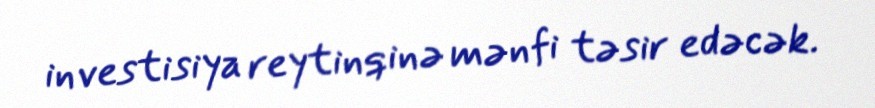
investisiya reytinqinə mənfi təsir edəcək.